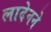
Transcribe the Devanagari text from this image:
लादेनने